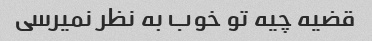
قضیه چیه تو خوب به نظر نمیرسی